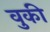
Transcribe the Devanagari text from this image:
वुकी